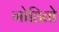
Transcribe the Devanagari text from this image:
गोहितो